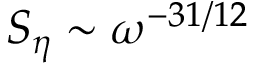
S _ { \eta } \sim \omega ^ { - 3 1 / 1 2 }